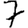
Digit: 7